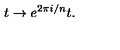
t \rightarrow e ^ { 2 \pi i / n } t .